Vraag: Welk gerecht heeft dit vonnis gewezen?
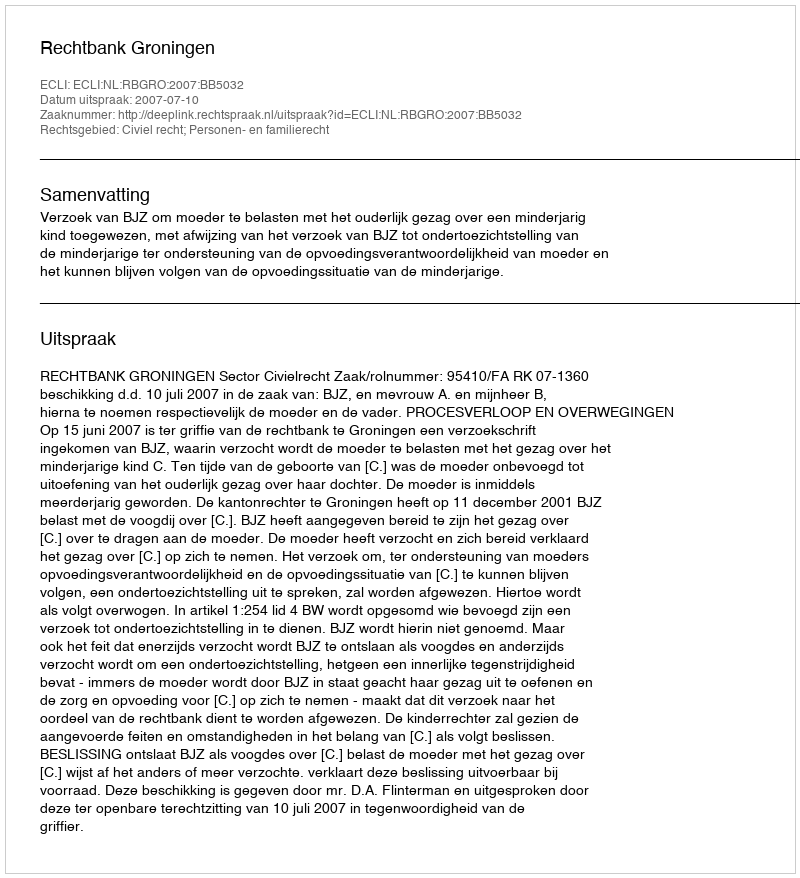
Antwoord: Rechtbank Groningen